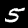
Label: 5